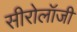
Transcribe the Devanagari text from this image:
सीरोलॉजी